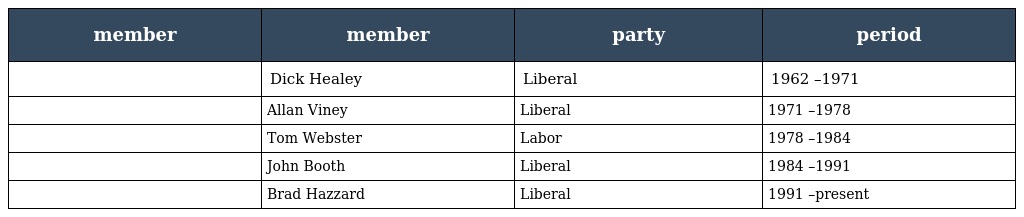
| member | member | party | period |
 | --- | --- | --- | --- |
 |  | Dick Healey | Liberal | 1962 –1971 |
 |  | Allan Viney | Liberal | 1971 –1978 |
 |  | Tom Webster | Labor | 1978 –1984 |
 |  | John Booth | Liberal | 1984 –1991 |
 |  | Brad Hazzard | Liberal | 1991 –present |